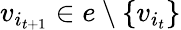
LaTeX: v_{i_{t+1}}\in e\setminus\{ v_{i_{t}}\}